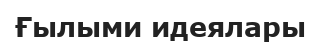
Ғылыми идеялары